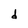
Character: d